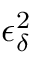
\epsilon _ { \delta } ^ { 2 }